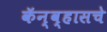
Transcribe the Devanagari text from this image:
कॅन्व्हासचे